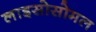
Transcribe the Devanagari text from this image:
लाइसोसोमल